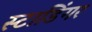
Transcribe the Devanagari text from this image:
स्टाडिंगर